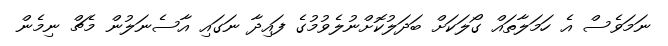
ނަމަވެސް އެ ހަމަލާތައް ގޯލަކަށް ބަދަލުކޮށްނުލެވުމުގެ ފައިދާ ނަގައި އާސެނަލުން މެޗް ނިމެން